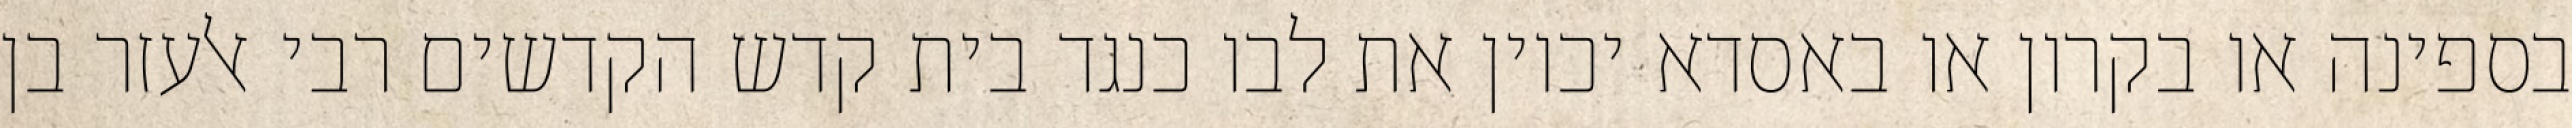
בספינה או בקרון או באסדא יכוין את לבו כנגד בית קדש הקדשים רבי אלעזר בן